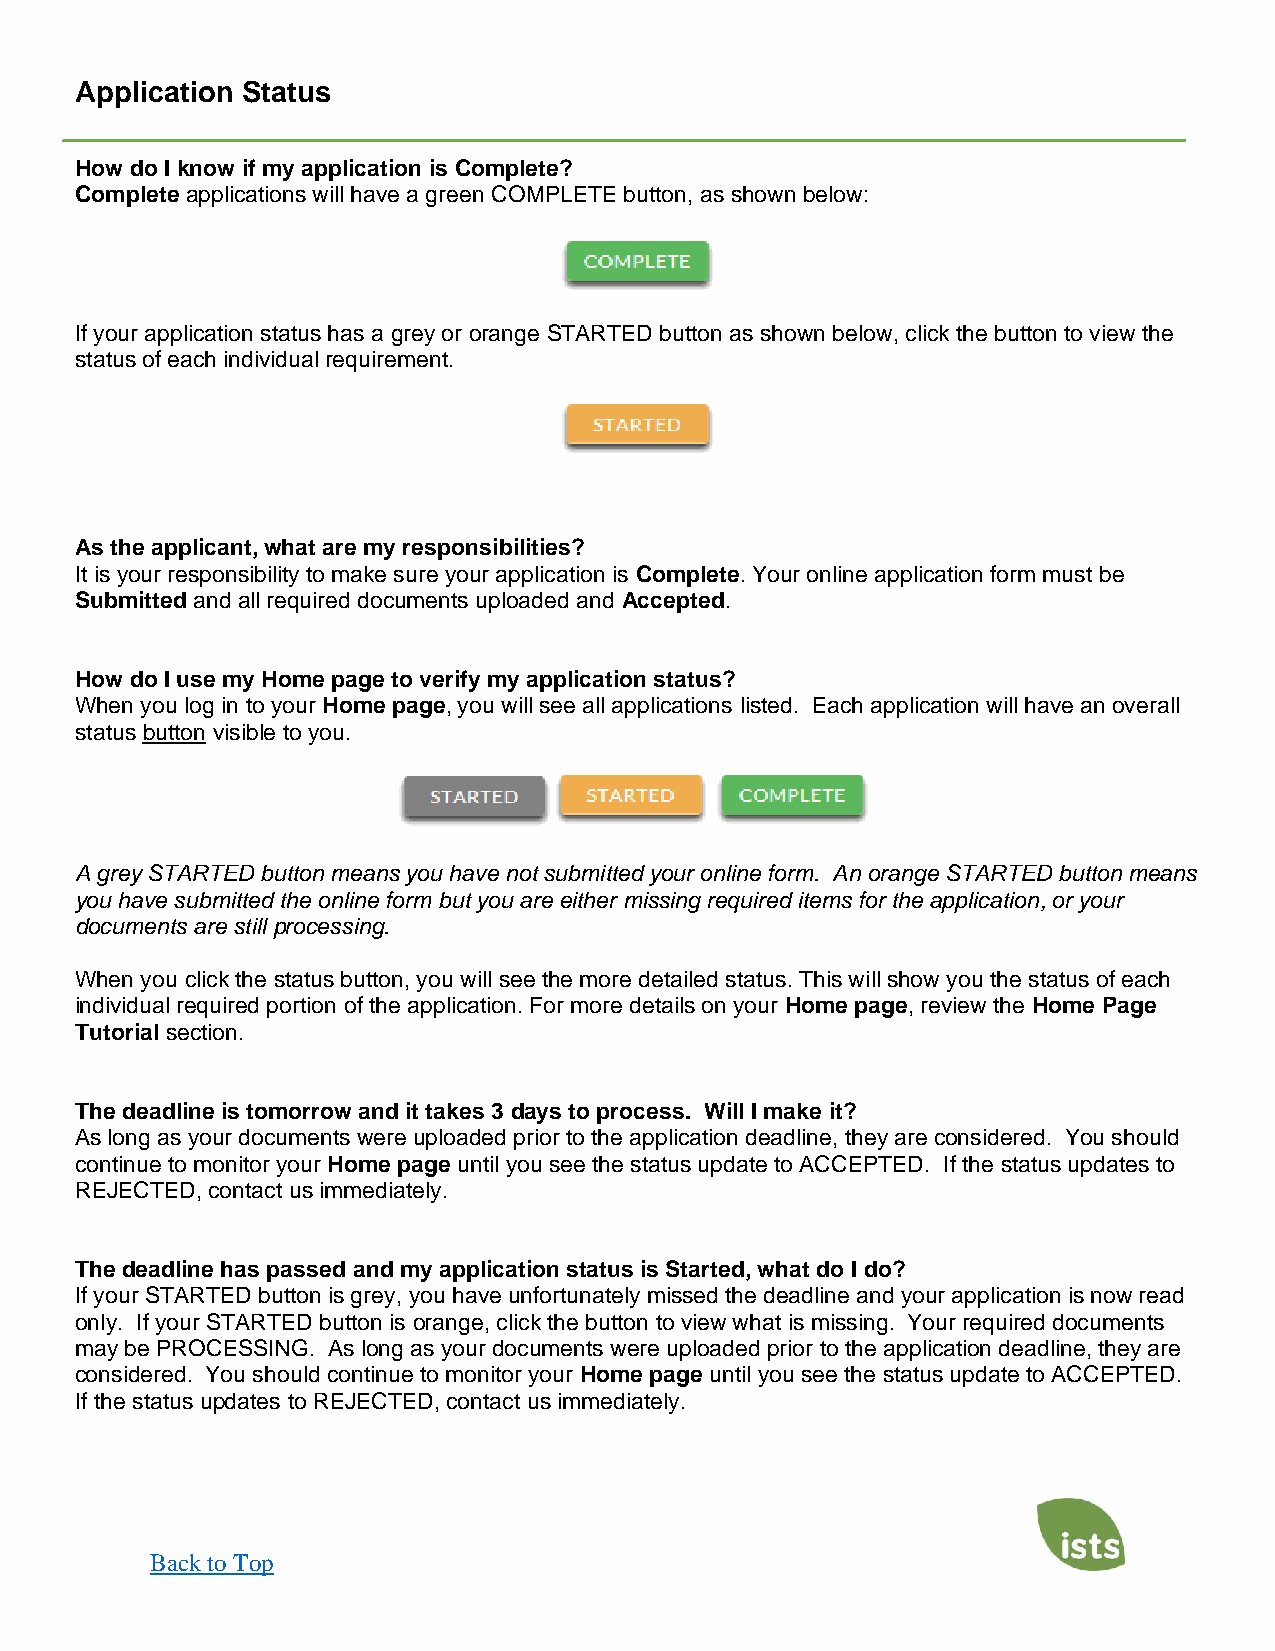
Application Status
 How do I know if my application is Complete?
 Complete applications will have a green COMPLETE button, as shown below:
 If your application status has a grey or orange STARTED button as shown below, click the button to view the
 status of each individual requirement.
 As the applicant, what are my responsibilities?
 It is your responsibility to make sure your application is Complete. Your online application form must be
 Submitted and all required documents uploaded and Accepted.
 How do I use my Home page to verify my application status?
 When you log in to your Home page, you will see all applications listed. Each application will have an overall
 status button visible to you.
 A grey STARTED button means you have not submitted your online form. An orange STARTED button means
 you have submitted the online form but you are either missing required items for the application, or your
 documents are still processing.
 When you click the status button, you will see the more detailed status. This will show you the status of each
 individual required portion of the application. For more details on your Home page, review the Home Page
 Tutorial section.
 The deadline is tomorrow and it takes 3 days to process. Will I make it?
 As long as your documents were uploaded prior to the application deadline, they are considered. You should
 continue to monitor your Home page until you see the status update to ACCEPTED. If the status updates to
 REJECTED, contact us immediately.
 The deadline has passed and my application status is Started, what do I do?
 If your STARTED button is grey, you have unfortunately missed the deadline and your application is now read
 only. If your STARTED button is orange, click the button to view what is missing. Your required documents
 may be PROCESSING. As long as your documents were uploaded prior to the application deadline, they are
 considered. You should continue to monitor your Home page until you see the status update to ACCEPTED.
 If the status updates to REJECTED, contact us immediately.
 Back to Top